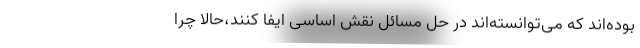
بوده‌اند که می‌توانسته‌اند در حل مسائل نقش اساسی ایفا کنند،حالا چرا